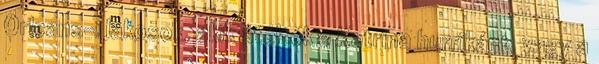
Orleans-i lakosok, akik átélték a Katrina hurrikánt, vagy a